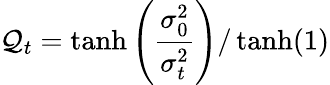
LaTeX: \mathcal{Q}_{t}=\operatorname{tanh}\left(\frac{\sigma_{0}^{2}}{\sigma_{t}^{2}}\right)/\operatorname{tanh}(1)